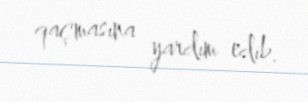
qaçmasına yardım edib.